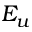
E _ { u }